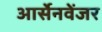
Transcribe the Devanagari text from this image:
आर्सेनवेंजर